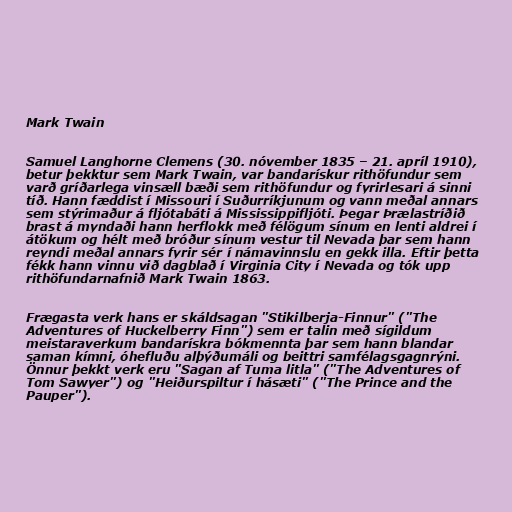
Mark Twain

Samuel Langhorne Clemens (30. nóvember 1835 – 21. apríl 1910),
betur þekktur sem Mark Twain, var bandarískur rithöfundur sem
varð gríðarlega vinsæll bæði sem rithöfundur og fyrirlesari á sinni
tíð. Hann fæddist í Missouri í Suðurríkjunum og vann meðal annars
sem stýrimaður á fljótabáti á Mississippifljóti. Þegar Þrælastríðið
brast á myndaði hann herflokk með félögum sínum en lenti aldrei í
átökum og hélt með bróður sínum vestur til Nevada þar sem hann
reyndi meðal annars fyrir sér í námavinnslu en gekk illa. Eftir þetta
fékk hann vinnu við dagblað í Virginia City í Nevada og tók upp
rithöfundarnafnið Mark Twain 1863.

Frægasta verk hans er skáldsagan "Stikilberja-Finnur" ("The
Adventures of Huckelberry Finn") sem er talin með sígildum
meistaraverkum bandarískra bókmennta þar sem hann blandar
saman kímni, óhefluðu alþýðumáli og beittri samfélagsgagnrýni.
Önnur þekkt verk eru "Sagan af Tuma litla" ("The Adventures of
Tom Sawyer") og "Heiðurspiltur í hásæti" ("The Prince and the
Pauper").